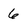
Character: 6